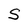
Character: S